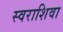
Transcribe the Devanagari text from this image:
स्वराशिवा